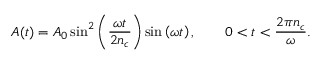
A ( t ) = A _ { 0 } \sin ^ { 2 } \left( \frac { \omega t } { 2 n _ { c } } \right) \sin \left( \omega t \right) , \qquad 0 < t < \frac { 2 \pi n _ { c } } { \omega } .